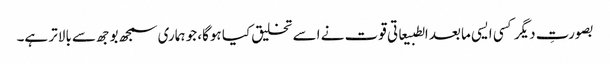
بصورتِ دیگر کسی ایسی مابعد الطبیعاتی قوت نے اسے تخلیق کیا ہوگا، جو ہماری سمجھ بوجھ سے بالاتر ہے۔